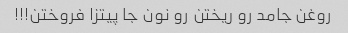
روغن جامد رو ریختن رو نون جا پیتزا فروختن!!!